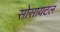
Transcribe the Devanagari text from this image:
सोसायटल